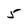
Character: 5